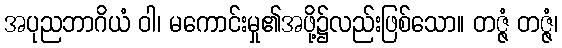
အပုညဘာဂိယံ ဝါ၊ မကောင်းမှု၏အဖို့၌လည်းဖြစ်သော။ တဇ္ဇံ တဇ္ဇံ၊